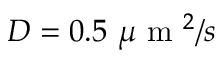
D = 0 . 5 ~ \mu \mathrm { ~ m ~ } ^ { 2 } / s